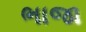
ભાજા